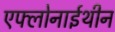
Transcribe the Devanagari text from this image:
एफ्लोनाईथीन